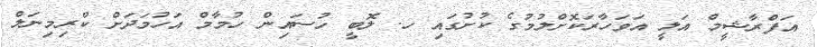
އަފްރާޝީމް އަލީ އަވަހާރަކޮށްލުމުގެ ކުށުގައި ހ. ލޮބީ ހުސައިން ހުމާމް އަހުމަދަށް ކްރިމިނަލް